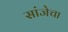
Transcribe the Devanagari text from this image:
सांजेचा